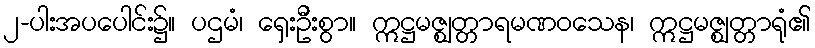
၂-ပါးအပပေါင်း၌။ ပဌမံ၊ ရှေးဦးစွာ။ ဣဋ္ဌမဇ္ဈတ္တာရမဏဝသေန၊ ဣဋ္ဌမဇ္ဈတ္တာရုံ၏